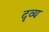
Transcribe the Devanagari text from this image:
दृव्य